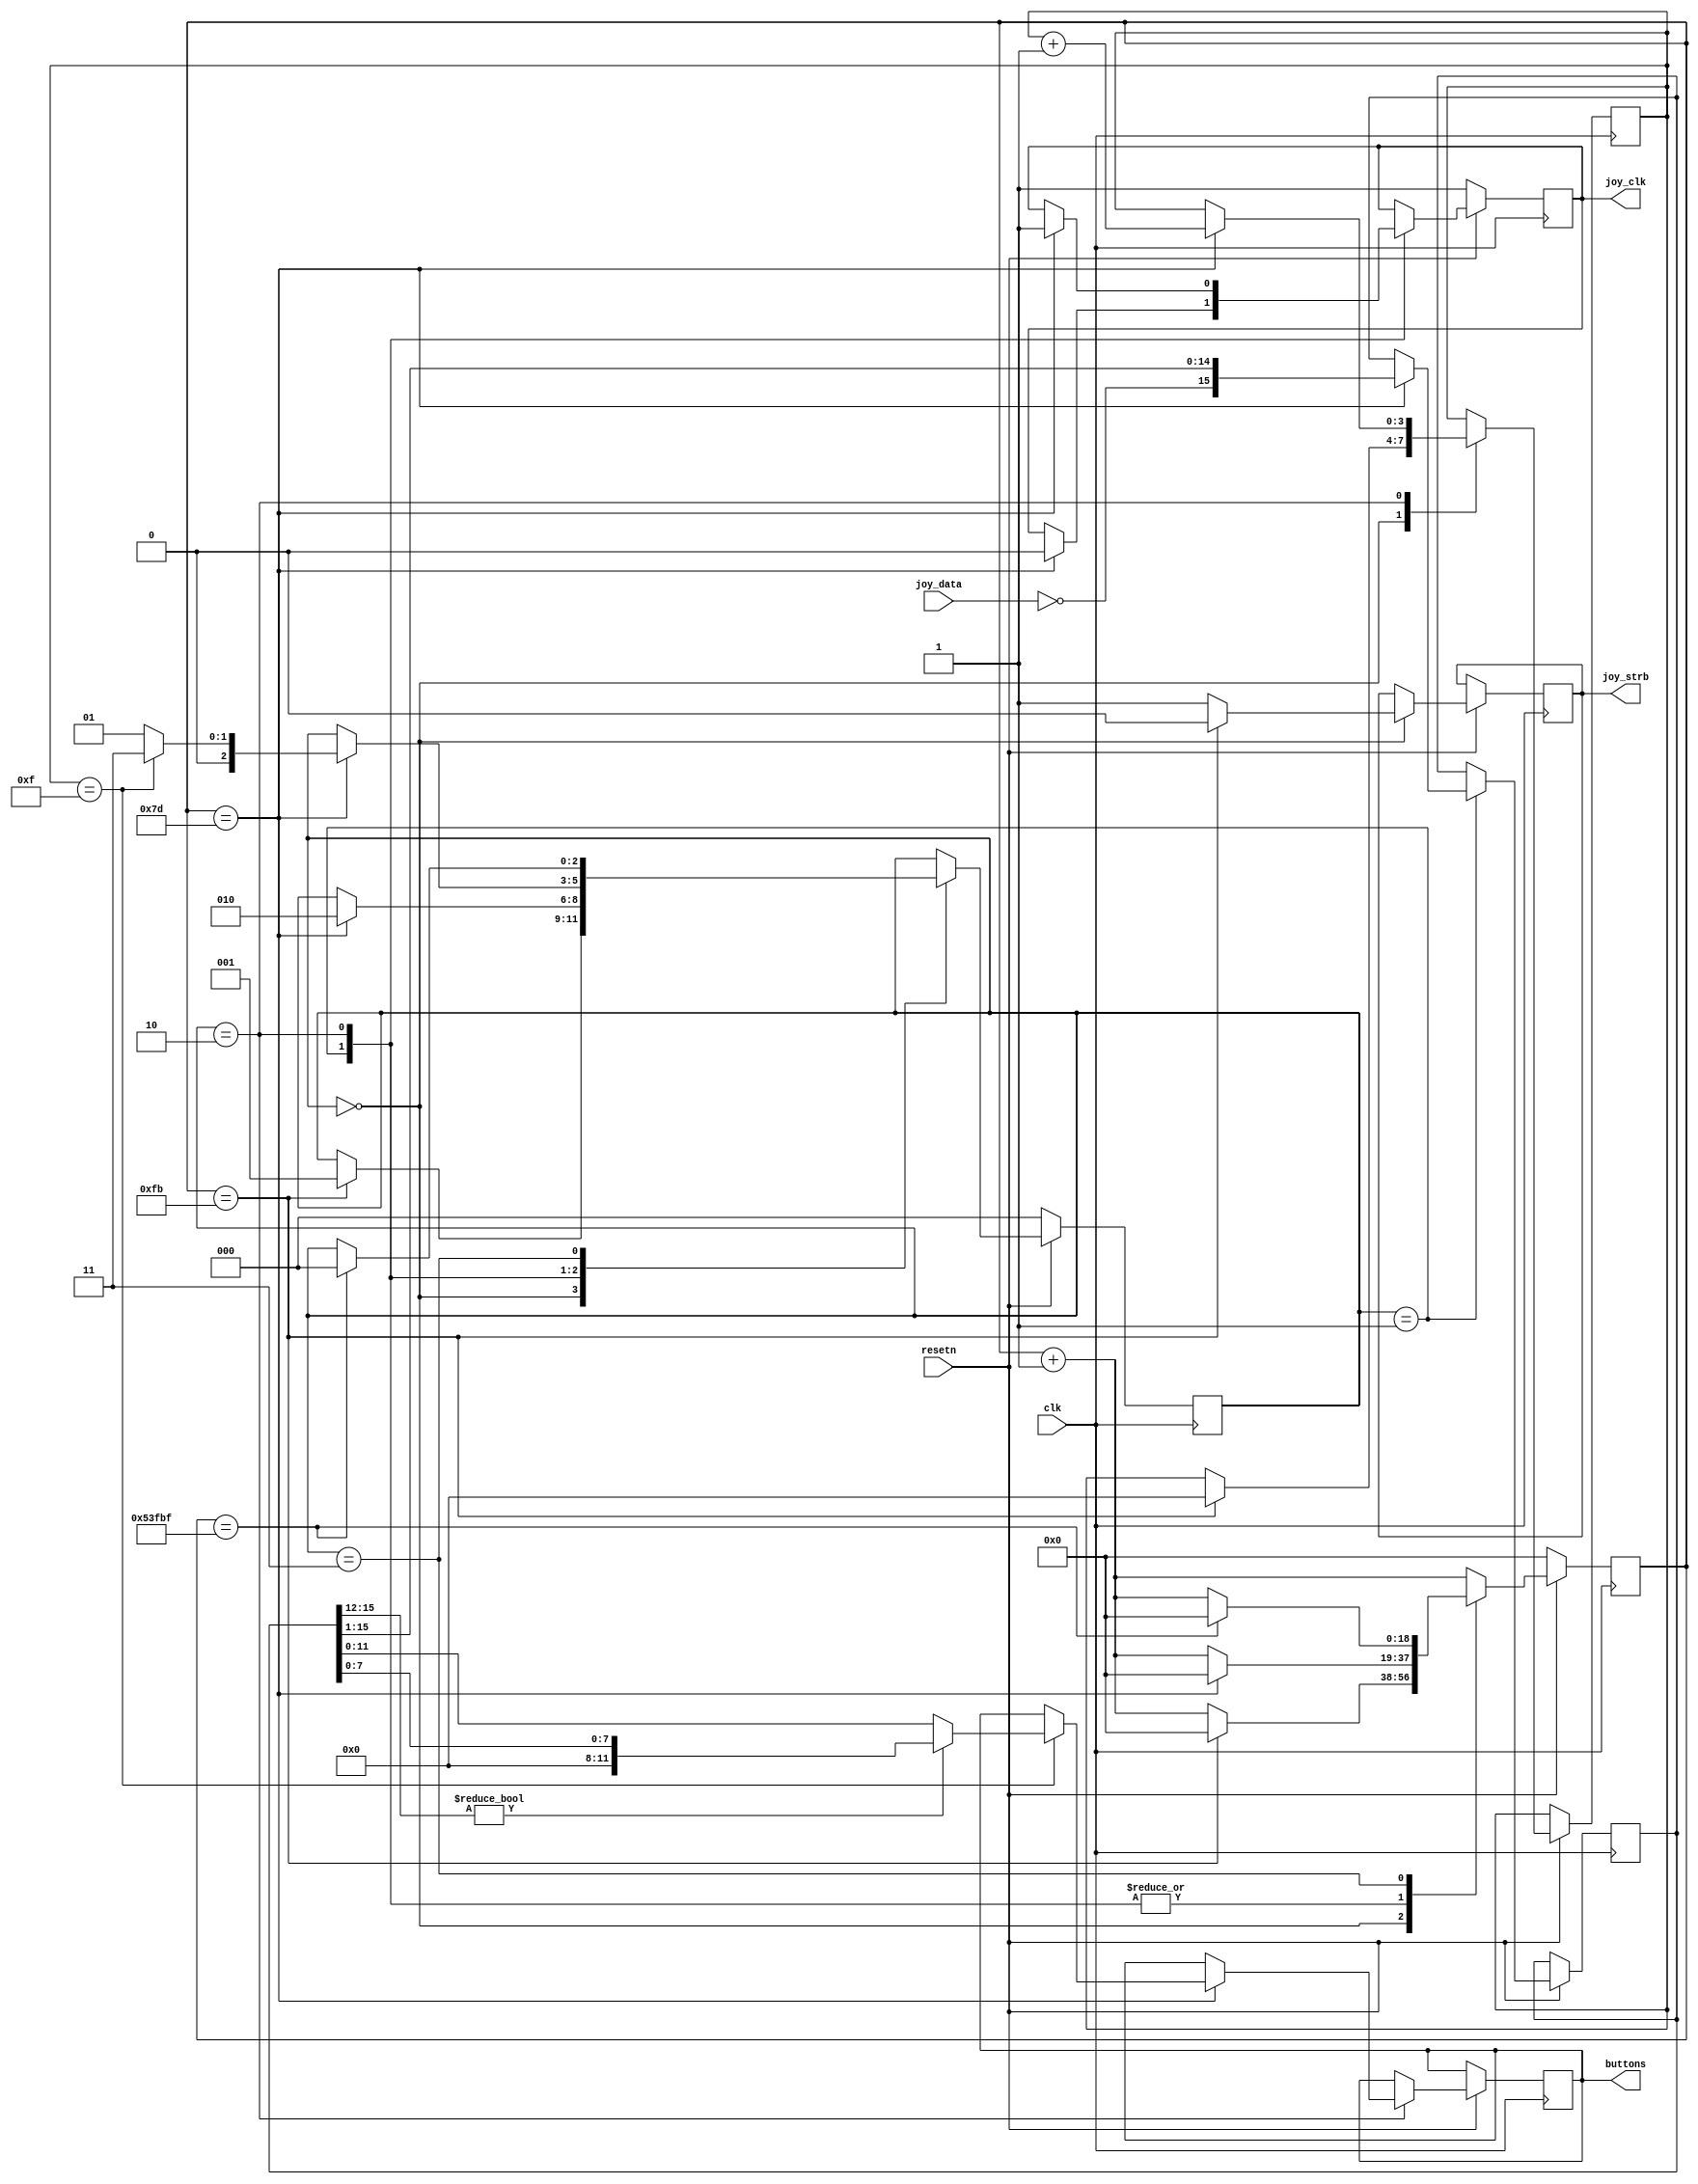
module controller_snes #(
    parameter FREQ = 21_500_000         // frequency of clk
)(
    input clk,
    input resetn,
    
    // I/O interface to actual controller
    output reg joy_strb,
    output joy_clk,
    input joy_data,     // 0: button pressed, needs to be pulled up

    // Button status, 1=pressed: (R L X A RT LT DN UP START SELECT Y B)
    output reg [11:0] buttons
);

/*

https://gamefaqs.gamespot.com/snes/916396-super-nintendo/faqs/5395

       ----------------------------- ---------------------
      |                             |                      \
      | (1)     (2)     (3)     (4) |   (5)     (6)     (7) |
      |                             |                      /
       ----------------------------- ---------------------

        Pin     Description             Color of wire in cable
        ===     ===========             ======================
        1       +5v                     White
        2       Data clock              Yellow
        3       Data latch              Orange
        4       Serial data             Red
        5       ?                       no wire
        6       ?                       no wire
        7       Ground                  Brown

Every 16.67ms (or about 60Hz), the SNES CPU sends out a 12us wide, positive
going data latch pulse on pin 3. This instructs the ICs in the controller
to latch the state of all buttons internally. Six microsenconds after the
fall of the data latch pulse, the CPU sends out 16 data clock pulses on
pin 2. These are 50% duty cycle with 12us per full cycle. The controllers
serially shift the latched button states out pin 4 on every rising edge
of the clock, and the CPU samples the data on every falling edge.

        Clock Cycle     Button Reported
        ===========     ===============
        1               B
        2               Y
        3               Select
        4               Start
        5               Up on joypad
        6               Down on joypad
        7               Left on joypad
        8               Right on joypad
        9               A
        10              X
        11              L
        12              R
        13              none (always high)
        14              none (always high)
        15              none (always high)
        16              none (always high)
*/

localparam TIME_6US = FREQ / 1000000 * 6;

reg joy_clk_reg = 1;
assign joy_clk = joy_clk_reg;

reg [2:0] state;
reg [$clog2(FREQ/1000*16)-1:0] cnt;           // max 16 ms
reg [3:0] bits;
reg [15:0] buttons_buf;

localparam [1:0] LATCH = 0;
localparam [1:0] CLK_HIGH = 1;
localparam [1:0] CLK_LOW = 2;
localparam [1:0] WAIT = 3;

always @(posedge clk) begin
    if (~resetn) begin
        joy_clk_reg <= 1;
        cnt <= 0;
        state <= 0;
    end else begin
        cnt <= cnt + 1;
        case (state)
        LATCH: begin         // send 12us-wide latch
            joy_strb <= 1;
            if (cnt == TIME_6US * 2 - 1) begin
                joy_strb <= 0;
                state <= CLK_HIGH;
                cnt <= 0;
                bits <= 0;
            end
        end

        CLK_HIGH: begin         // wait 6us, then joy_clk falls, sample bit
            if (cnt == TIME_6US - 1) begin
                joy_clk_reg <= 0;
                cnt <= 0;
                state <= CLK_LOW;
                buttons_buf <= {~joy_data, buttons_buf[15:1]};       // shift right
            end
        end

        CLK_LOW: begin         // wait 6us, then joy_clk rises
            if (cnt == TIME_6US - 1) begin
                joy_clk_reg <= 1;
                cnt <= 0;
                bits <= bits + 1;
                if (bits == 4'd15) begin     // scan complete
                    state <= 3;
                    // check if buttons_buf[15:12] are 0; if not, this is an NES controller
                    if (buttons_buf[15:12] != 4'b0000) begin
                        // NES controller
                        buttons <= {0, 0, 0, 0, buttons_buf[7:0]};
                    end else begin
                        // SNES controller
                        buttons <= buttons_buf[11:0];
                    end
                end else
                    state <= 1;
            end
        end        

        WAIT:               // wait 16ms, then start again
            if (cnt == FREQ / 1000 * 16 - 1) begin
                cnt <= 0;
                state <= 0;
            end

        endcase
    end
end

endmodule